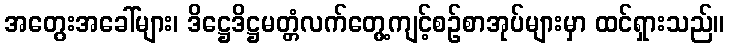
အတွေးအခေါ်များ၊ ဒိဋ္ဌေဒိဋ္ဌမတ္တံလက်တွေ့ကျင့်စဉ်စာအုပ်များမှာ ထင်ရှားသည်။